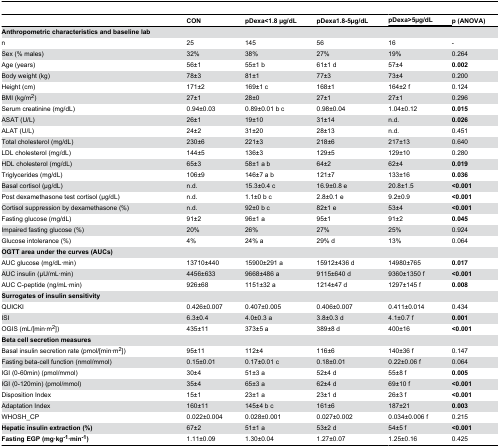
<table><thead><tr><td></td><td><b>CON</b></td><td><b>pDexa&lt;1.8 μg/dL</b></td><td><b>pDexa1.8-5μg/dL</b></td><td colspan="2"><b>pDexa&gt;5μg/dL</b></td><td><b>p (ANOVA)</b></td></tr></thead><tbody><tr><td colspan="7"><b>Anthropometric characteristics and baseline lab</b></td></tr><tr><td>n</td><td>25</td><td>145</td><td>56</td><td>16</td><td colspan="2">-</td></tr><tr><td>Sex (% males)</td><td>32%</td><td>38%</td><td>27%</td><td>19%</td><td colspan="2">0.264</td></tr><tr><td>Age (years)</td><td>56±1</td><td>55±1 b</td><td>61±1 d</td><td>57±4</td><td colspan="2"><b>0.002</b></td></tr><tr><td>Body weight (kg)</td><td>78±3</td><td>81±1</td><td>77±3</td><td>73±4</td><td colspan="2">0.200</td></tr><tr><td>Height (cm)</td><td>171±2</td><td>169±1 c</td><td>168±1</td><td>164±2 f</td><td colspan="2">0.124</td></tr><tr><td>BMI (kg/m<sup>2</sup>)</td><td>27±1</td><td>28±0</td><td>27±1</td><td>27±1</td><td colspan="2">0.296</td></tr><tr><td>Serum creatinine (mg/dL)</td><td>0.94±0.03</td><td>0.89±0.01 b c</td><td>0.98±0.04</td><td>1.04±0.12</td><td colspan="2"><b>0.015</b></td></tr><tr><td>ASAT (U/L)</td><td>26±1</td><td>19±10</td><td>31±14</td><td>n.d.</td><td colspan="2"><b>0.026</b></td></tr><tr><td>ALAT (U/L)</td><td>24±2</td><td>31±20</td><td>28±13</td><td>n.d.</td><td colspan="2">0.451</td></tr><tr><td>Total cholesterol (mg/dL)</td><td>230±6</td><td>221±3</td><td>218±6</td><td>217±13</td><td colspan="2">0.640</td></tr><tr><td>LDL cholesterol (mg/dL)</td><td>144±5</td><td>136±3</td><td>129±5</td><td>129±10</td><td colspan="2">0.280</td></tr><tr><td>HDL cholesterol (mg/dL)</td><td>65±3 </td><td>58±1 a b</td><td>64±2</td><td>62±4</td><td colspan="2"><b>0.019</b></td></tr><tr><td>Triglycerides (mg/dL)</td><td>106±9 </td><td>146±7 a b</td><td>121±7</td><td>133±16</td><td colspan="2"><b>0.036</b></td></tr><tr><td>Basal cortisol (μg/dL)</td><td>n.d.</td><td>15.3±0.4 c</td><td>16.9±0.8 e</td><td>20.8±1.5</td><td colspan="2"><b>&lt;0.001</b></td></tr><tr><td>Post dexamethasone test cortisol (μg/dL)</td><td>n.d.</td><td>1.1±0 b c</td><td>2.8±0.1 e</td><td>9.2±0.9</td><td colspan="2"><b>&lt;0.001</b></td></tr><tr><td>Cortisol suppression by dexamethasone (%)</td><td>n.d.</td><td>92±0 b c</td><td>82±1 e</td><td>53±4</td><td colspan="2"><b>&lt;0.001</b></td></tr><tr><td>Fasting glucose (mg/dL)</td><td>91±2</td><td>96±1 a</td><td>95±1</td><td>91±2</td><td colspan="2"><b>0.045</b></td></tr><tr><td>Impaired fasting glucose (%)</td><td>20%</td><td>26%</td><td>27%</td><td>25%</td><td colspan="2">0.924</td></tr><tr><td>Glucose intolerance (%)</td><td>4%</td><td>24% a</td><td>29% d</td><td>13%</td><td colspan="2">0.064</td></tr><tr><td><b>OGTT area under the curves (AUCs)</b></td><td></td><td></td><td></td><td></td><td colspan="2"></td></tr><tr><td>AUC glucose (mg/dL·min)</td><td>13710±440</td><td>15900±291 a</td><td>15912±436 d</td><td>14980±765</td><td colspan="2"><b>0.017</b></td></tr><tr><td>AUC insulin (μU/mL·min)</td><td>4456±633</td><td>9668±486 a</td><td>9115±640 d</td><td>9360±1350 f</td><td colspan="2"><b>&lt;0.001</b></td></tr><tr><td>AUC C-peptide (ng/mL·min)</td><td>926±68</td><td>1151±32 a</td><td>1214±47 d</td><td>1297±145 f</td><td colspan="2"><b>0.008</b></td></tr><tr><td><b>Surrogates of insulin sensitivity</b></td><td></td><td></td><td></td><td></td><td colspan="2"></td></tr><tr><td>QUICKI</td><td>0.426±0.007</td><td>0.407±0.005</td><td>0.406±0.007</td><td>0.411±0.014</td><td colspan="2">0.434</td></tr><tr><td>ISI</td><td>6.3±0.4</td><td>4.0±0.3 a</td><td>3.8±0.3 d</td><td>4.1±0.7 f</td><td colspan="2"><b>0.001</b></td></tr><tr><td>OGIS (mL/[min·m<sup>2</sup>])</td><td>435±11</td><td>373±5 a</td><td>389±8 d</td><td>400±16</td><td colspan="2"><b>&lt;0.001</b></td></tr><tr><td><b>Beta cell secretion measures</b></td><td></td><td></td><td></td><td></td><td colspan="2"></td></tr><tr><td>Basal insulin secretion rate (pmol/[min·m<sup>2</sup>])</td><td>95±11</td><td>112±4</td><td>116±6</td><td>140±36 f</td><td colspan="2">0.147</td></tr><tr><td>Fasting beta-cell function (nmol/mmol)</td><td>0.15±0.01</td><td>0.17±0.01 c</td><td>0.18±0.01</td><td>0.22±0.06 f</td><td colspan="2">0.064</td></tr><tr><td>IGI (0-60min) (pmol/mmol)</td><td>30±4</td><td>51±3 a</td><td>52±4 d</td><td>55±8 f</td><td colspan="2"><b>0.005</b></td></tr><tr><td>IGI (0-120min) (pmol/mmol)</td><td>35±4</td><td>65±3 a</td><td>62±4 d</td><td>69±10 f</td><td colspan="2"><b>&lt;0.001</b></td></tr><tr><td>Disposition Index</td><td>15±1</td><td>23±1 a</td><td>23±1 d</td><td>26±3 f</td><td colspan="2"><b>&lt;0.001</b></td></tr><tr><td>Adaptation Index</td><td>160±11</td><td>145±4 b c</td><td>161±6</td><td>187±21</td><td colspan="2"><b>0.003</b></td></tr><tr><td>WHOSH_CP</td><td>0.022±0.004</td><td>0.028±0.001</td><td>0.027±0.002</td><td>0.034±0.006 f</td><td colspan="2">0.215</td></tr><tr><td><b>Hepatic insulin extraction (%)</b></td><td>67±2</td><td>51±1 a</td><td>53±2 d</td><td>54±5 f</td><td colspan="2"><b>&lt;0.001</b></td></tr><tr><td><b>Fasting EGP (mg·kg<sup>-1</sup>·min<sup>-1</sup>)</b></td><td>1.11±0.09</td><td>1.30±0.04</td><td>1.27±0.07</td><td>1.25±0.16</td><td colspan="2">0.425</td></tr></tbody></table>